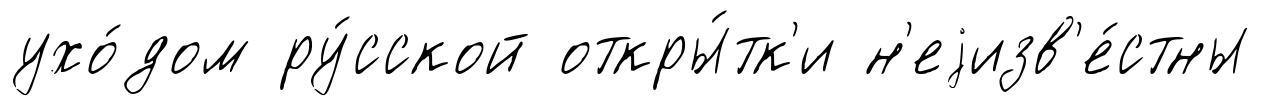
ухо́дом ру́сской откры́тк'и н'еjизв'е́стны